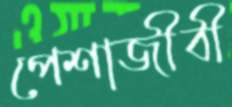
পেশাজীবী